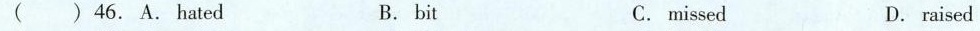
( )46. A. Hated B. bit C.missed D.raised